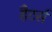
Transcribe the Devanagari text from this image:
हैटर्स